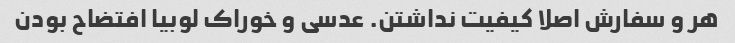
هر و سفارش اصلا کیفیت نداشتن. عدسی و خوراک لوبیا افتضاح بودن